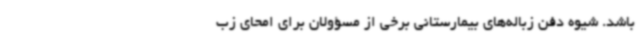
باشد. شیوه دفن زباله‌های بیمارستانی برخی از مسؤولان برای امحای زب